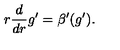
r \frac { d } { d r } g ^ { \prime } = \beta ^ { \prime } ( g ^ { \prime } ) .